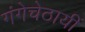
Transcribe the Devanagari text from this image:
गंगेचेठायीं